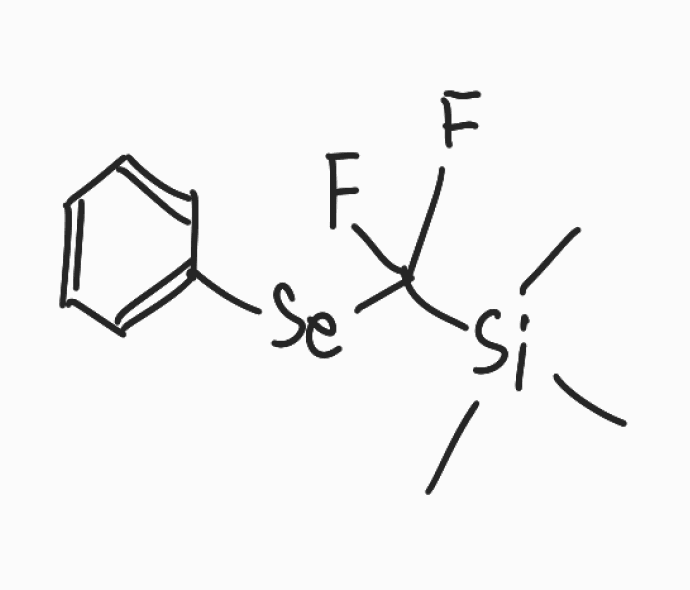
Simplified molecular-input line-entry system (SMILES) notation of the given molecule:
C[Si](C)(C)C(F)(F)[Se]C1=CC=CC=C1